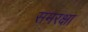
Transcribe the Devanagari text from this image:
समरक्षा